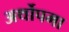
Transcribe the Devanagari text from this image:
अर्थोपमा